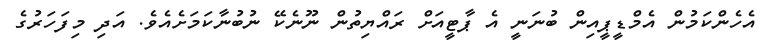
އެހެންކަމުން އެމްޑީޕީއިން ބުނަނީ އެ ޕާޓީއަށް ރައްޔިތުން ނޫނެކޭ ނުބުނާކަމަށެއެެވެ. އަދި މިފަހަރުގެ